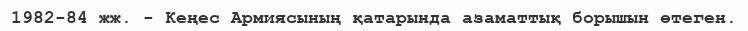
1982-84 жж. - Кеңес Армиясының қатарында азаматтық борышын өтеген.